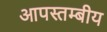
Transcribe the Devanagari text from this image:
आपस्तम्बीय